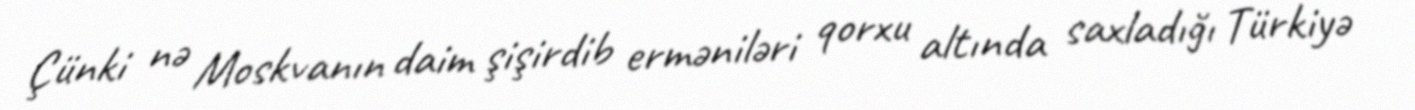
Çünki nə Moskvanın daim şişirdib erməniləri qorxu altında saxladığı Türkiyə